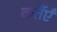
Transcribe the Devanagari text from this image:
कर्तैएँ